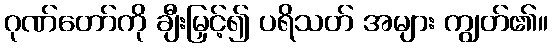
ဂုဏ်တော်ကို ချီးမြှင့်၍ ပရိသတ် အများ ကျွတ်၏။